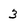
Character: 3